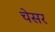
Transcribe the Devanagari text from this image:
चेसर